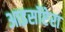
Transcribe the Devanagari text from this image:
आइसॉप्टेरा